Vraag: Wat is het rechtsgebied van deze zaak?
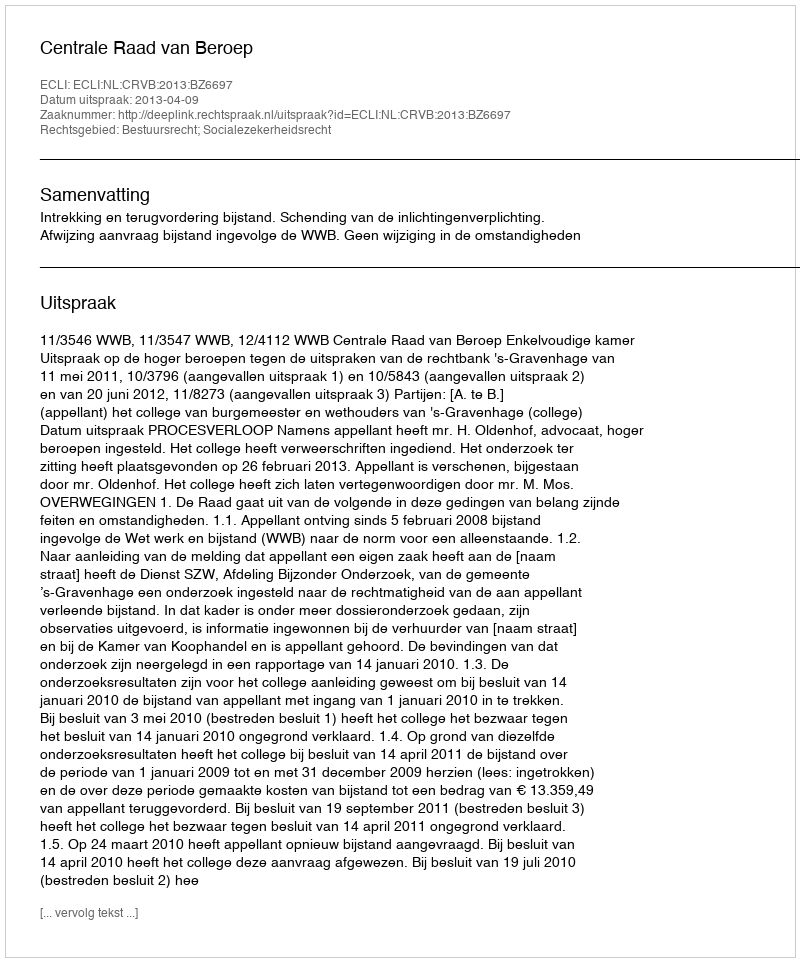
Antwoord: Bestuursrecht; Socialezekerheidsrecht